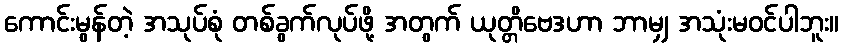
ကောင်းမွန်တဲ့ အသုပ်စုံ တစ်ခွက်လုပ်ဖို့ အတွက် ယုတ္တိဗေဒဟာ ဘာမျှ အသုံးမဝင်ပါဘူး။